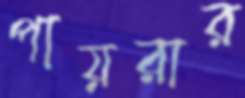
পায়রার